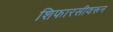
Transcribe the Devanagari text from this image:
शिफारसीवरून